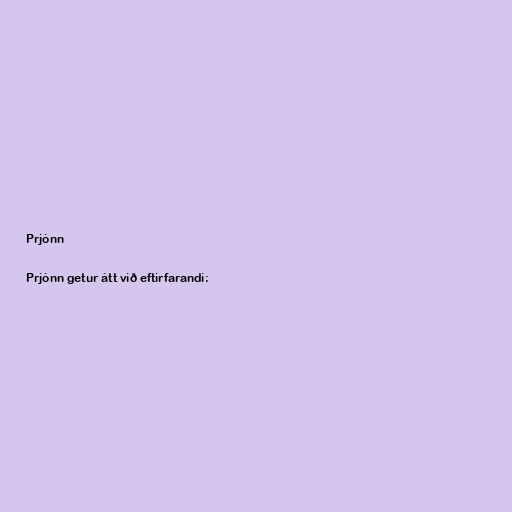
Prjónn

Prjónn getur átt við eftirfarandi: